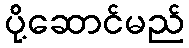
ပို့ဆောင်မည်